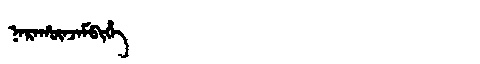
Manchu: ᠨᠠᡵᠠᡥᡡᠨᠵᠠᠮᠪᡳᡥᡝ
Romanization: NARAHŪNJAMBIHE